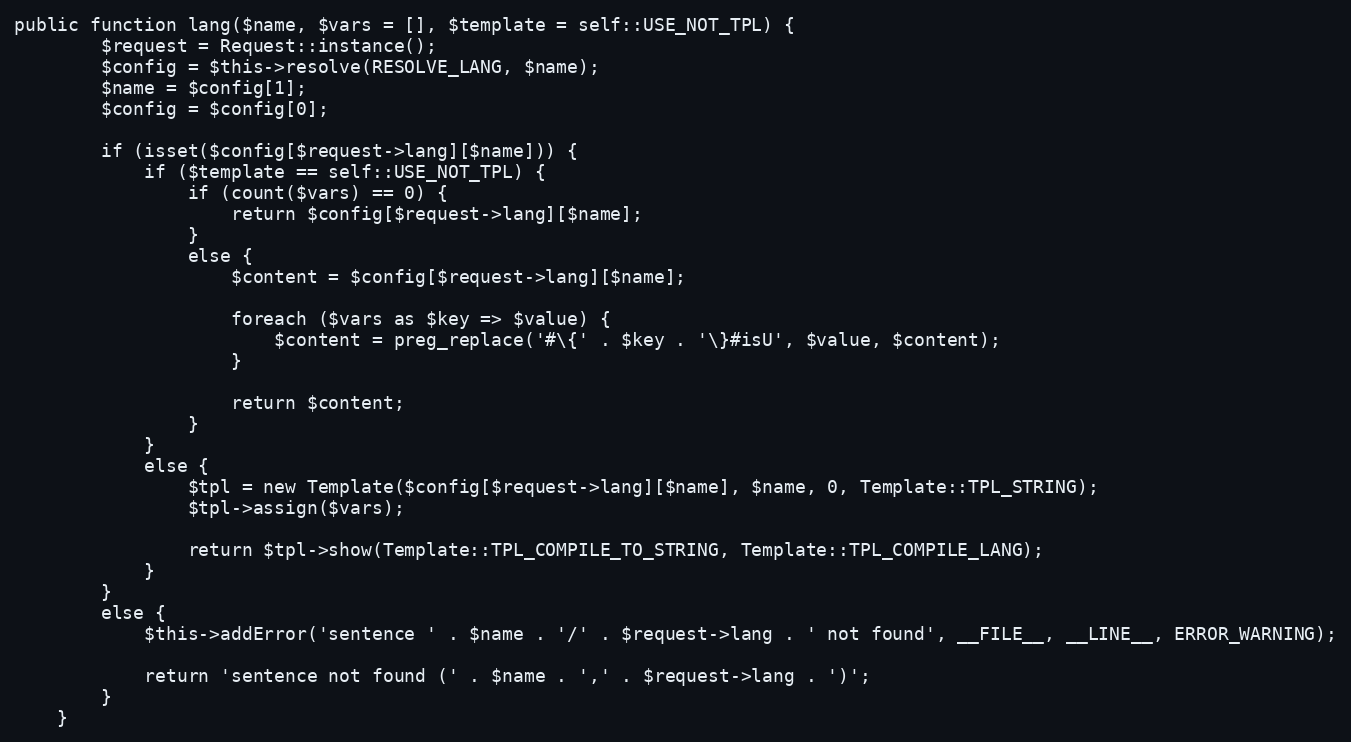
Language: PHP
public function lang($name, $vars = [], $template = self::USE_NOT_TPL) {
        $request = Request::instance();
        $config = $this->resolve(RESOLVE_LANG, $name);
        $name = $config[1];
        $config = $config[0];

        if (isset($config[$request->lang][$name])) {
            if ($template == self::USE_NOT_TPL) {
                if (count($vars) == 0) {
                    return $config[$request->lang][$name];
                }
                else {
                    $content = $config[$request->lang][$name];

                    foreach ($vars as $key => $value) {
                        $content = preg_replace('#\{' . $key . '\}#isU', $value, $content);
                    }

                    return $content;
                }
            }
            else {
                $tpl = new Template($config[$request->lang][$name], $name, 0, Template::TPL_STRING);
                $tpl->assign($vars);

                return $tpl->show(Template::TPL_COMPILE_TO_STRING, Template::TPL_COMPILE_LANG);
            }
        }
        else {
            $this->addError('sentence ' . $name . '/' . $request->lang . ' not found', __FILE__, __LINE__, ERROR_WARNING);

            return 'sentence not found (' . $name . ',' . $request->lang . ')';
        }
    }